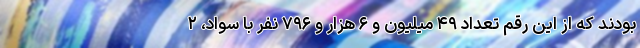
بودند که از این رقم تعداد ۴۹ میلیون و ۶ هزار و ۷۹۶ نفر با سواد، ۲